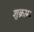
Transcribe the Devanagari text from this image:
शुक्रारु